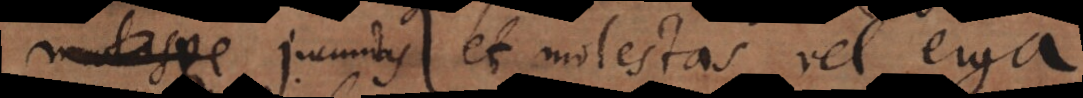
malasve jucundas et molestas, vel erga